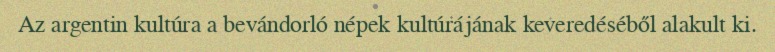
Az argentin kultúra a bevándorló népek kultúrájának keveredéséből alakult ki.